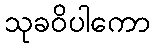
သုခဝိပါကော